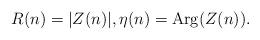
LaTeX: \begin{align*}R(n)=\vert Z(n)\vert, \eta(n)=\mathrm{Arg}(Z(n)).\end{align*}